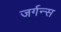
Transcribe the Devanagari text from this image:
जर्गन्स